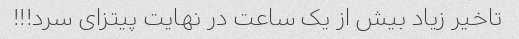
تاخیر زیاد بیش از یک ساعت در نهایت پیتزای سرد!!!